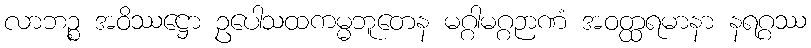
လာဘဉ္စ အဝိဿဋ္ဌော ဥပေါသထကမ္မဘူတေန မဂ္ဂါမဂ္ဂဉာဏံ အဝတ္ထရမာနာ နရဂ္ဂဿ